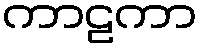
ကာဠကာ